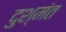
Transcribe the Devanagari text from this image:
दुश्मंत